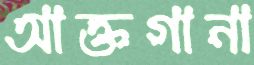
আক্তগানা